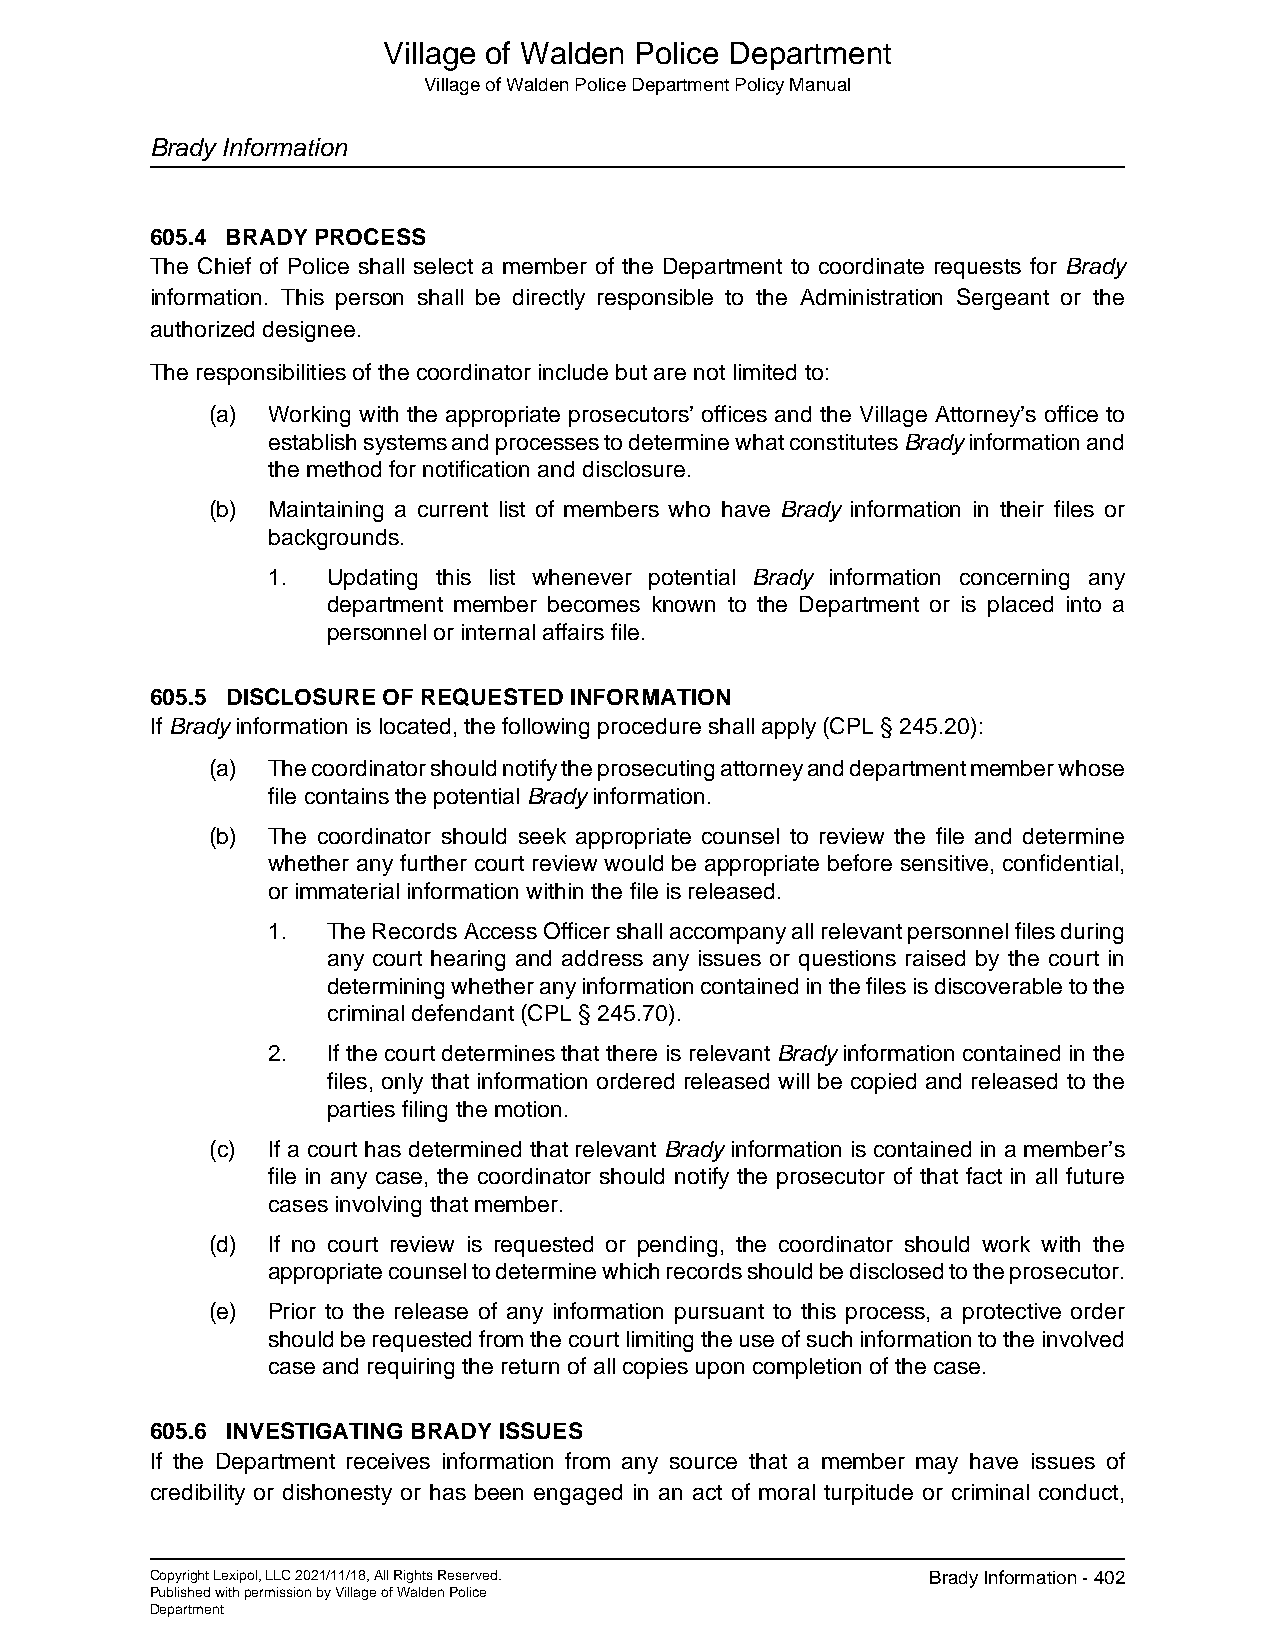
Village of Walden Police Department
 Village of Walden Police Department Policy Manual
 Brady Information
 605.4 BRADY PROCESS
 The Chief of Police shall select a member of the Department to coordinate requests for Brady
 information. This person shall be directly responsible to the Administration Sergeant or the
 authorized designee.
 The responsibilities of the coordinator include but are not limited to:
 (a) Working with the appropriate prosecutors’ offices and the Village Attorney’s office to
 establish systems and processes to determine what constitutes Brady information and
 the method for notification and disclosure.
 (b) Maintaining a current list of members who have Brady information in their files or
 backgrounds.
 1.  Updating this list whenever potential Brady information concerning any
 department member becomes known to the Department or is placed into a
 personnel or internal affairs file.
 605.5 DISCLOSURE OF REQUESTED INFORMATION
 If Brady information is located, the following procedure shall apply (CPL § 245.20):
 (a) The coordinator should notify the prosecuting attorney and department member whose
 file contains the potential Brady information.
 (b) The coordinator should seek appropriate counsel to review the file and determine
 whether any further court review would be appropriate before sensitive, confidential,
 or immaterial information within the file is released.
 1.  The Records Access Officer shall accompany all relevant personnel files during
 any court hearing and address any issues or questions raised by the court in
 determining whether any information contained in the files is discoverable to the
 criminal defendant (CPL § 245.70).
 2.  If the court determines that there is relevant Brady information contained in the
 files, only that information ordered released will be copied and released to the
 parties filing the motion.
 (c) If a court has determined that relevant Brady information is contained in a member’s
 file in any case, the coordinator should notify the prosecutor of that fact in all future
 cases involving that member.
 (d) If no court review is requested or pending, the coordinator should work with the
 appropriate counsel to determine which records should be disclosed to the prosecutor.
 (e) Prior to the release of any information pursuant to this process, a protective order
 should be requested from the court limiting the use of such information to the involved
 case and requiring the return of all copies upon completion of the case.
 605.6 INVESTIGATING BRADY ISSUES
 If the Department receives information from any source that a member may have issues of
 credibility or dishonesty or has been engaged in an act of moral turpitude or criminal conduct,
 Copyright Lexipol, LLC 2021/11/18, All Rights Reserved. Brady Information - 402
 Published with permission by Village of Walden Police
 Department